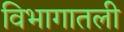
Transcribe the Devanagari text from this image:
विभागातली